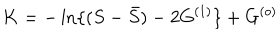
K = - \ln \{ ( S - { \bar { S } } ) - 2 G ^ { ( 1 ) } \} + G ^ { ( o ) }